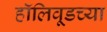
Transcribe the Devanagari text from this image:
हॉलिवूडच्या